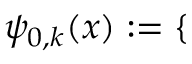
\psi _ { 0 , k } ( x ) : = \mathopen { } \mathclose \bgroup \left\{ \begin{array} { r l r l } \end{array} \aftergroup \egroup \right.